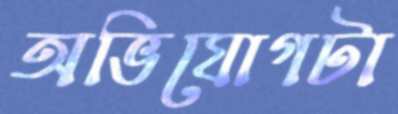
অভিযোগটা